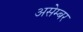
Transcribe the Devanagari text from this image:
असेम्बर